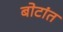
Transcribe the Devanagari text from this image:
बोटांत